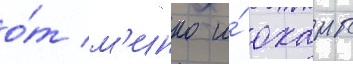
о́т м'инко и́ оханы